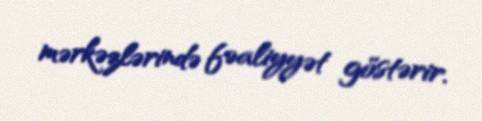
mərkəzlərində fəaliyyət göstərir.